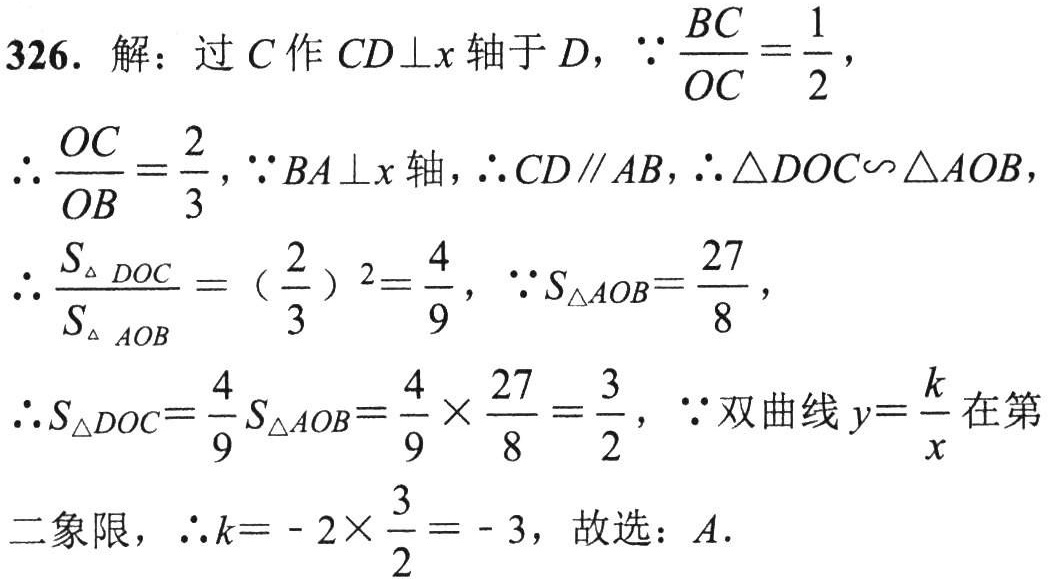
326. 解：过 \(C\) 作 \(CD\perp x\) 轴于 \(D\)，\(\because\frac{BC}{OC}=\frac{1}{2}\)，
\(\therefore\frac{OC}{OB}=\frac{2}{3}\)，\(\because BA\perp x\) 轴，\(\therefore CD\parallel AB\)，\(\therefore\triangle DOC\backsim\triangle AOB\)，
\(\therefore\frac{S_{\triangle DOC}}{S_{\triangle AOB}} = (\frac{2}{3})^2=\frac{4}{9}\)，\(\because S_{\triangle AOB}=\frac{27}{8}\)，
\(\therefore S_{\triangle DOC}=\frac{4}{9}S_{\triangle AOB}=\frac{4}{9}\times\frac{27}{8}=\frac{3}{2}\)，\(\because\) 双曲线 \(y = \frac{k}{x}\) 在第
二象限，\(\therefore k=-2\times\frac{3}{2}=-3\)，故选：\(A\).